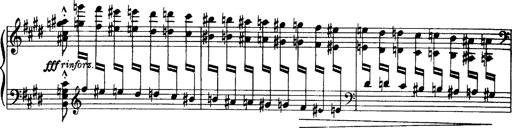
Title: OuvertÃ¼re zu TannhÃ¤user
Composer: Franz Liszt